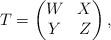
LaTeX: \begin{align*} T = \begin{pmatrix} W & X \\ Y & Z \end{pmatrix}, \end{align*}